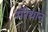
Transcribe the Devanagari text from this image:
मॅरेथान